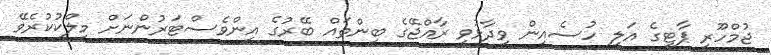
ޖުމްހޫރީ ޕާޓީގެ އަލީ ހުސެއިން ވިދާޅުވީ ރާއްޖޭގެ ބިންތައް ބޭރުގެ އިންވެސްޓަރުންނަށް މިލްކުކުރެވޭ